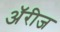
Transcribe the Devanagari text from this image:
अॅरीज